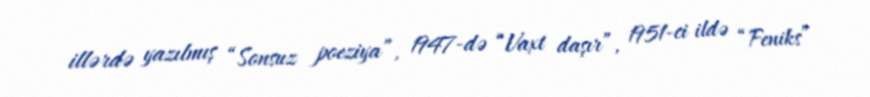
illərdə yazılmış “Sonsuz poeziya”, 1947-də “Vaxt daşır”, 1951-ci ildə “Feniks”